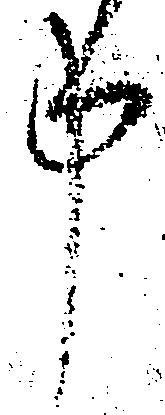
申